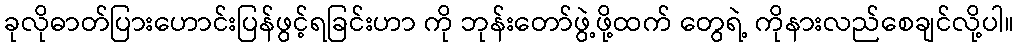
ခုလိုဓာတ်ပြားဟောင်းပြန်ဖွင့်ရခြင်းဟာ ကို ဘုန်းတော်ဖွဲ့ဖို့ထက် တွေရဲ့ ကိုနားလည်စေချင်လို့ပါ။